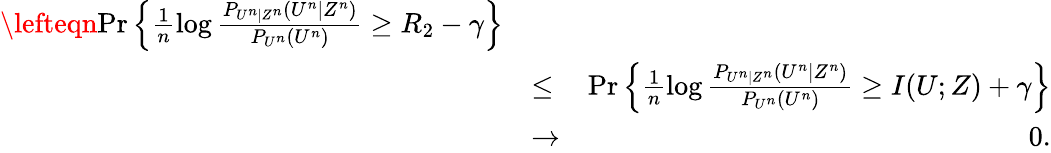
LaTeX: \begin{array}{rlr}{\lefteqn{\operatorname*{Pr}\left\{ \frac{1}{n}\log\frac{P_{U^{n}|Z^{n}}(U^{n}|Z^{n})}{P_{U^{n}}(U^{n})}\ge R_{2}-\gamma\right\} }}\\ &{\le}&{\operatorname*{Pr}\left\{ \frac{1}{n}\log\frac{P_{U^{n}|Z^{n}}(U^{n}|Z^{n})}{P_{U^{n}}(U^{n})}\ge I(U;Z)+\gamma\right\} }\\ &{\to}&{0.}\end{array}